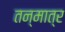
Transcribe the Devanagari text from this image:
तन्मात्र